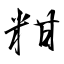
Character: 粓